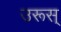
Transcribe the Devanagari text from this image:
उरूस्